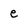
Character: e